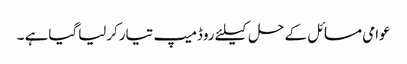
عوامی مسائل کے حل کیلئے روڈمیپ تیارکرلیاگیاہے ۔